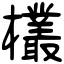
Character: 欉